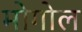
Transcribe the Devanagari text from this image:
मोगोल